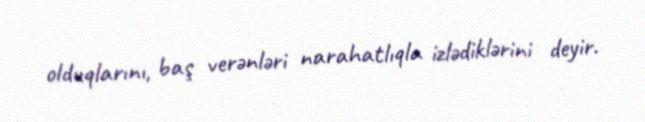
olduqlarını, baş verənləri narahatlıqla izlədiklərini deyir.